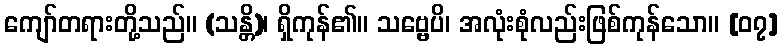
ကျော်တရားတို့သည်။ (သန္တိ)၊ ရှိကုန်၏။ သဗ္ဗေပိ၊ အလုံးစုံလည်းဖြစ်ကုန်သော။ [၀၇]